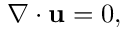
\nabla \cdot \mathbf { u } = 0 ,